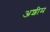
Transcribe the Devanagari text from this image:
अशीम